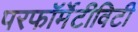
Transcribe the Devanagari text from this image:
परफॉर्मेटीविटी